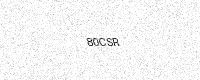
Text: 80CSR